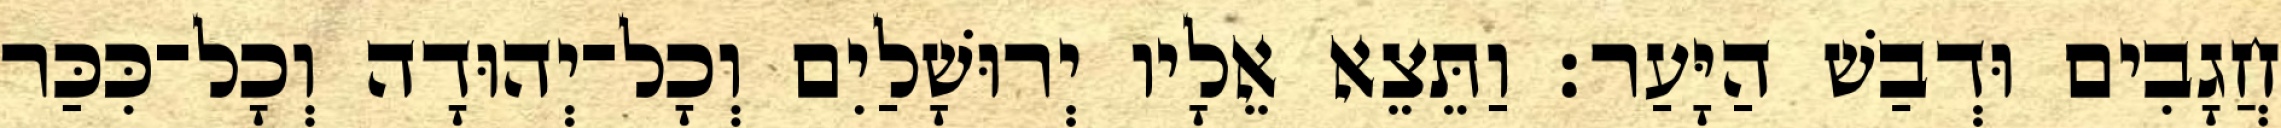
חֲגָבִים וּדְבַשׁ הַיָּעַר׃ וַתֵּצֵא אֵלָיו יְרוּשָׁלַיִם וְכָל־יְהוּדָה וְכָל־כִּכַּר